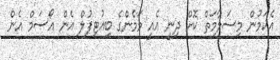
އެކަމުން މިސަލާމަތް ކޮށް ދިނީ އެއީ މަމެންގެ ބިއުޓިފުލް އެން އޯސަމް އެން